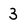
Character: 3